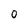
Character: 0